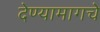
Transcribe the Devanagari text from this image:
देण्यामागचे